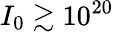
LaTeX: I_{0}\gtrsim 10^{20}